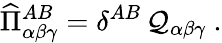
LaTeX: \widehat{\Pi}_{\alpha\beta\gamma}^{AB}=\delta^{AB}\, \mathcal{Q}_{\alpha\beta\gamma}~.